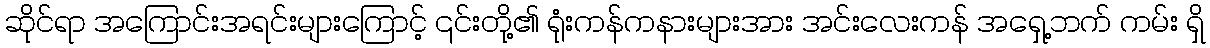
ဆိုင်ရာ အကြောင်းအရင်းများကြောင့် ၎င်းတို့၏ ရုံးကန်ကနားများအား အင်းလေးကန် အရှေ့ဘက် ကမ်း ရှိ